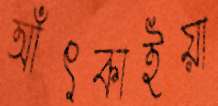
আঁৎকাইয়া